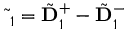
\tilde { \bf \Delta } _ { 1 } = \tilde { \bf D } _ { 1 } ^ { + } - \tilde { \bf D } _ { 1 } ^ { - }